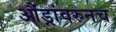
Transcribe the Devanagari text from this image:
औंड्रांवरुनच